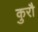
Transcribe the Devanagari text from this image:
कुरौ